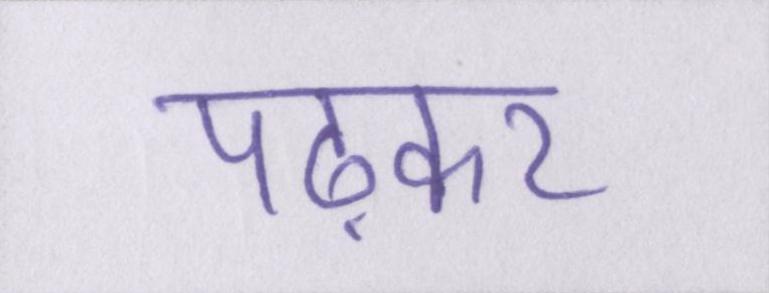
पढ़कर